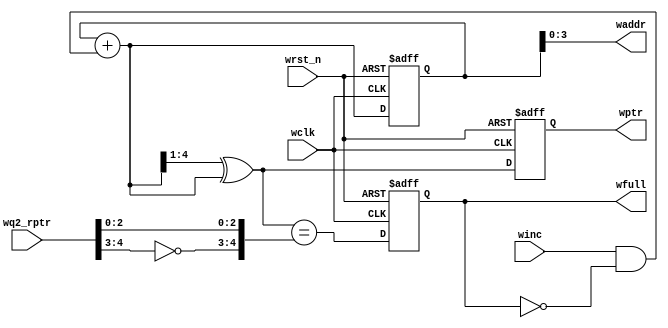
// Write pointer and full generation
module wptr_full #(parameter ADDRSIZE = 4)(
    input winc, wclk, wrst_n,
    input [ADDRSIZE :0] wq2_rptr,
    output reg wfull,
    output [ADDRSIZE-1:0] waddr,
    output reg [ADDRSIZE :0] wptr);

    reg [ADDRSIZE:0] wbin;
    wire [ADDRSIZE:0] wgraynext, wbinnext, wfull_val;

    // GRAYSTYLE2 pointer
    always@(posedge wclk or negedge wrst_n)
    begin
        if (!wrst_n)
            {wbin, wptr} <= {ADDRSIZE{1'b0}};
        else
            {wbin, wptr} <= {wbinnext, wgraynext};
    end
    
    // Memory write-address pointer
    assign waddr = wbin[ADDRSIZE-1:0];
    assign wbinnext = wbin + (winc & ~wfull);
    assign wgraynext = (wbinnext>>1) ^ wbinnext;

    /*------------------------------------------------------------------
    Simplified version of the three necessary full-tests:
    assign wfull_val=((wgnext[ADDRSIZE] !=wq2_rptr[ADDRSIZE] ) &&
    (wgnext[ADDRSIZE-1] !=wq2_rptr[ADDRSIZE-1]) &&
    (wgnext[ADDRSIZE-2:0]==wq2_rptr[ADDRSIZE-2:0]));
    -------------------------------------------------------------------*/
    assign wfull_val = (wgraynext=={~wq2_rptr[ADDRSIZE:ADDRSIZE-1], wq2_rptr[ADDRSIZE-2:0]});

    always@(posedge wclk or negedge wrst_n)
    begin
        if (!wrst_n)
            wfull <= {ADDRSIZE{1'b0}};
        else
            wfull <= wfull_val;
    end
endmodule